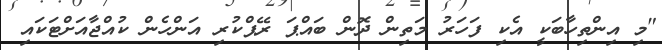
"މި އިންތިހާބަކީ އެކި ފަހަރު މަތިން ދޮން ބައްޕަ ރޭޕްކުރި އަންހެން ކުއްޖާއަށްޓަކައި